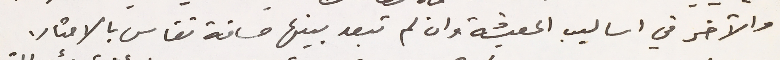
والآخر في اساليب المعيشة وان لم تبعد بينها مسافة تقاس بالامتار.